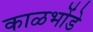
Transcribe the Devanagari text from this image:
काळभोंडे